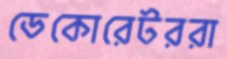
ডেকোরেটররা